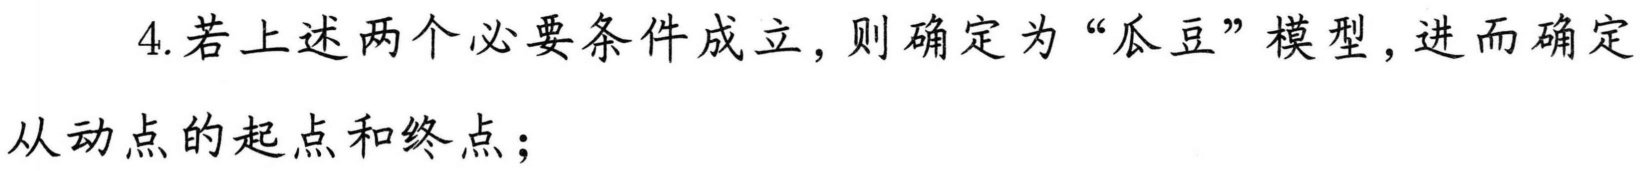
4. 若上述两个必要条件成立，则确定为“瓜豆”模型，进而确定
从动点的起点和终点；